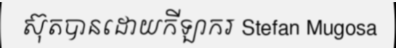
ស៊ុតបានដោយកីឡាករ Stefan Mugosa